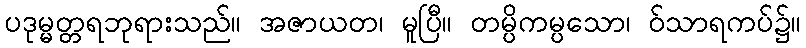
ပဒုမ္မတ္တရဘုရားသည်။ အဇာယတ၊ မူပြီ။ တမ္ပိကမ္ပသော၊ ဝ်သာရကပ်၌။